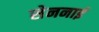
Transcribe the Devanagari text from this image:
सेननाई